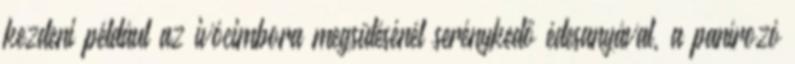
kezdeni például az ivócimbora megsütésénél serénykedő édesanyával, a panírozó